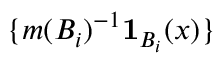
\{ m ( B _ { i } ) ^ { - 1 } \mathbf { 1 } _ { B _ { i } } ( x ) \}